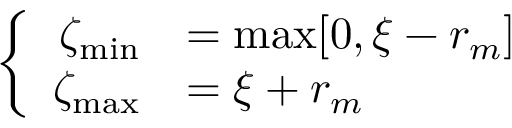
\left\{ \begin{array} { r l l } { \zeta _ { \operatorname* { m i n } } } & { = \operatorname* { m a x } [ 0 , \xi - r _ { m } ] \medskip } \\ { \zeta _ { \operatorname* { m a x } } } & { = \xi + r _ { m } } \end{array} \right.